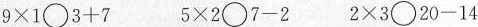
$$9 \times 1 \bigcirc 3 + 7$$ $$5 \times 2 \bigcirc 7 - 2$$ $$2 \times 3 \bigcirc 2 0 - 1 4$$